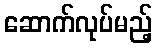
ဆောက်လုပ်မည့်